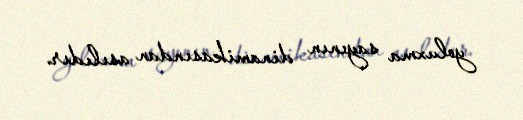
yoluxma sayının dinamikasından asılıdır.